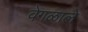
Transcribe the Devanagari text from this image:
वेगळाले